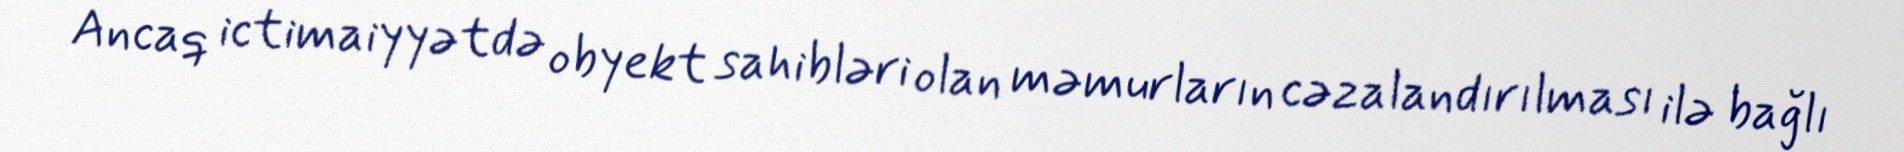
Ancaq ictimaiyyətdə obyekt sahibləri olan məmurların cəzalandırılması ilə bağlı